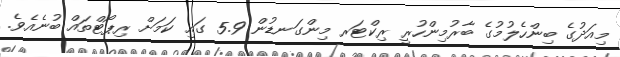
މިއަދުގެ ބިންހެލުމުގެ ބާރުމިންހުރީ ރިކްޓަރ މިންގަނޑުން 5.9 ގައި ކަމަށް ރިޕޯޓްތައް ބުނެއެވެ.